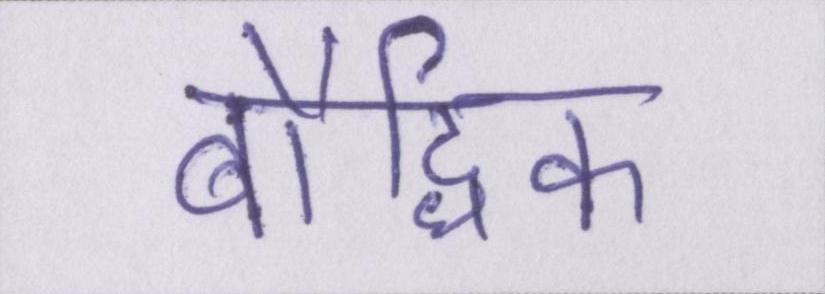
बौद्धिक